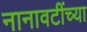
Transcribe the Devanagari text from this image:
नानावटींच्या